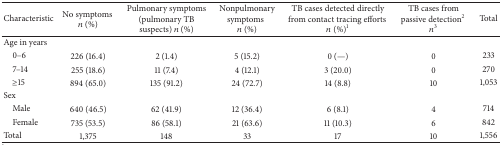
| Characteristic | No symptoms n (%) | Pulmonary symptoms (pulmonary TB suspects) n (%) | Nonpulmonary symptomsn (%) | TB cases detected directly from contact tracing efforts n (%)1 | TB cases from passive detection2n3 | Total |
 | --- | --- | --- | --- | --- | --- | --- |
 | Age in years |  |  |  |  |  |  |
 | 0–6 | 226 (16.4) | 2 (1.4) | 5 (15.2) | 0 (—) | 0 | 233 |
 | 7–14 | 255 (18.6) | 11 (7.4) | 4 (12.1) | 3 (20.0) | 0 | 270 |
 | ≥15 | 894 (65.0) | 135 (91.2) | 24 (72.7) | 14 (8.8) | 10 | 1,053 |
 | Sex |  |  |  |  |  |  |
 | Male | 640 (46.5) | 62 (41.9) | 12 (36.4) | 6 (8.1) | 4 | 714 |
 | Female | 735 (53.5) | 86 (58.1) | 21 (63.6) | 11 (10.3) | 6 | 842 |
 | Total | 1,375 | 148 | 33 | 17 | 10 | 1,556 |